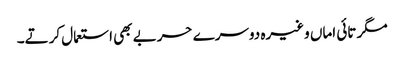
مگر تائی اماں وغیرہ دوسرے حربے بھی استعمال کرتے۔